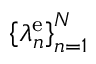
\left\{ \lambda _ { n } ^ { \mathrm { e } } \right\} _ { n = 1 } ^ { N }